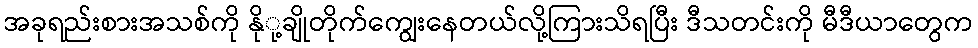
အခုရည်းစားအသစ်ကို နိုု့ချိုတိုက်ကျွေးနေတယ်လို့ကြားသိရပြီး ဒီသတင်းကို မီဒီယာတွေက